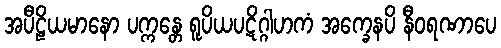
အပီဠိယမာနော ပက္ကန္တေ ရူပိယပဋိဂ္ဂါဟကံ အက္ခေနပိ နီဝရဏာပေ